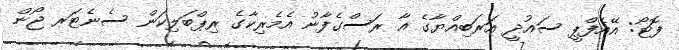
ފޮޓޯ: އޭއެފްޕީ ސައުދީ އަރަބިއްޔާގެ އާ ރަސްގެފާނު އެމެރިކާގެ ރިޕްބަލިކަން ސެނެޓަރ ޖޯން